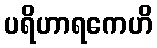
ပရိဟာရကေဟိ